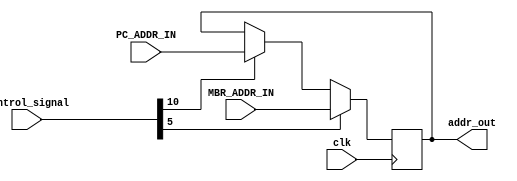
`timescale 1ns / 1ps
//////////////////////////////////////////////////////////////////////////////////
// Company: 
// Engineer: 
// 
// Design Name: 
// Module Name: MAR
// Project Name: 
// Target Devices: 
// Tool Versions: 
// Description: 
// 
// Dependencies: 
// 
// Revision:
// Revision 0.01 - File Created
// Additional Comments:
// 
//////////////////////////////////////////////////////////////////////////////////


module MAR(
    input clk,
    input [31:0] control_signal,
    input [7:0] PC_ADDR_IN,
    input [7:0] MBR_ADDR_IN,
    output [7:0] addr_out
    );
    
reg [7:0] addr_reg = 0;
reg [7:0] addr_reg_out = 0;
always @(posedge clk)
begin
    if (control_signal[10] == 1)
        addr_reg <= PC_ADDR_IN;
    if (control_signal[5] == 1)
        addr_reg <= MBR_ADDR_IN;
end
assign addr_out = addr_reg;
endmodule